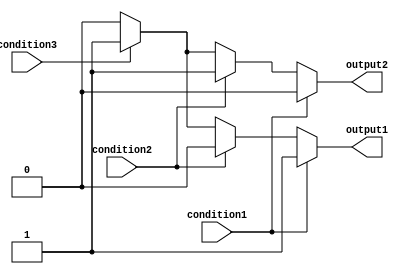
module if_else_ladder(
    input wire condition1,
    input wire condition2,
    input wire condition3,
    output reg output1,
    output reg output2
);

always @(*) begin
    if(condition1) begin
        output1 = 1;
        output2 = 0;
    end
    else if(condition2) begin
        output1 = 0;
        output2 = 1;
    end
    else if(condition3) begin
        output1 = 1;
        output2 = 1;
    end
    else begin
        output1 = 0;
        output2 = 0;
    end
end

endmodule